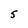
Character: 5